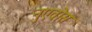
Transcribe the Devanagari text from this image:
नुएवोस